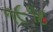
૧૯૧૮